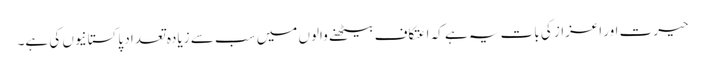
حیرت اور اعزاز کی بات یہ ہے کہ اعتکاف بیٹھنے والوں میں سب سے زیادہ تعداد پاکستانیوں کی ہے۔